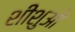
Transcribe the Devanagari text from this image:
शीशुओ